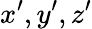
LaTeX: x^{\prime},y^{\prime},z^{\prime}